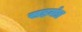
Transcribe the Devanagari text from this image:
सड़यंत्र